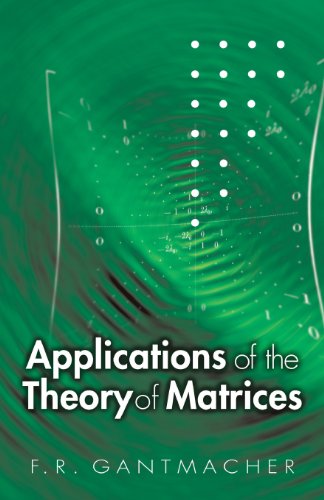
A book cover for Applications of the Theory of Matrices (Dover Books on Mathematics); F. R. Gantmacher; Science & Math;